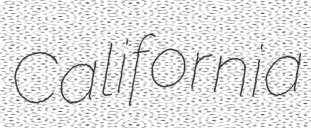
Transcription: California